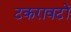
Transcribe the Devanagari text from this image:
टकरावटों